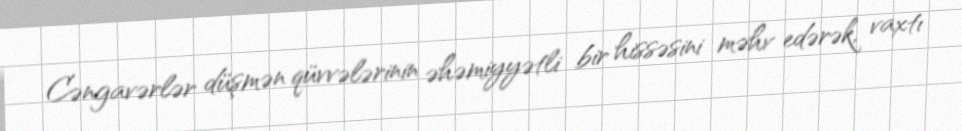
Cəngavərlər düşmən qüvvələrinin əhəmiyyətli bir hissəsini məhv edərək, vaxtı